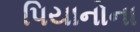
પિયાનોના